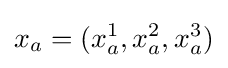
x_{a}=(x_{a}^{1},x_{a}^{2},x_{a}^{3})